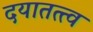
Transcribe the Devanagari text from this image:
दयातत्त्व